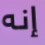
إنه